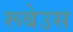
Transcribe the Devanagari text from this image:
रूबेउस